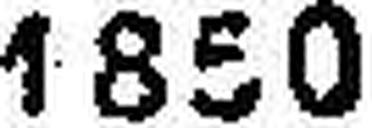
1850